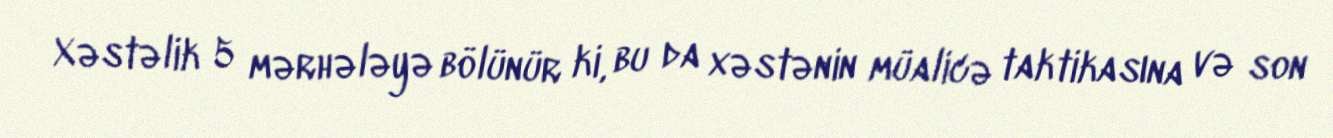
Xəstəlik 5 mərhələyə bölünür ki, bu da xəstənin müalicə taktikasına və son